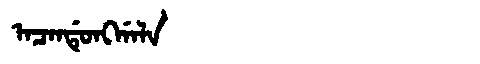
Manchu: ᠠᠴᠠᠨᡩᡠᠩᡤᠠᠯᠠ
Romanization: ACANDUNGGALA